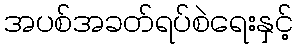
အပစ်အခတ်ရပ်စဲရေးနှင့်